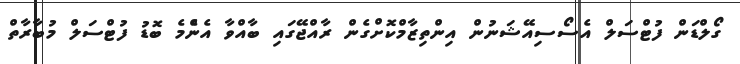
ގޯލްޑަން ފުޓްސަލް އެސޯސިއޭޝަނުން އިންތިޒާމްކޮށްގެން ރާއްޖޭގައި ބާއްވާ އެންެމެ ބޮޑު ފުޓްސަލް މުބާރާތް